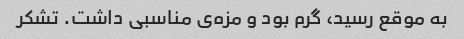
به موقع رسید، گرم بود و مزه‌ی مناسبی داشت. تشکر